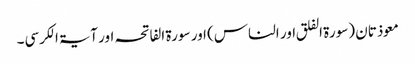
معوذتان (سورۃ الفلق اور الناس) اور سورۃ الفاتحہ اور آیۃ الکرسی۔